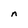
Character: n